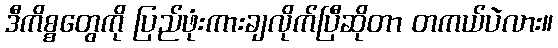
ဒီကိစ္စတွေကို ပြည်ဖုံးကားချလိုက်ပြီဆိုတာ တကယ်ပဲလား။